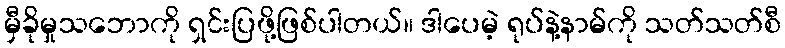
မှီခိုမှုသဘောကို ရှင်းပြဖို့ဖြစ်ပါတယ်။ ဒါပေမဲ့ ရုပ်နဲ့နာမ်ကို သတ်သတ်စီ